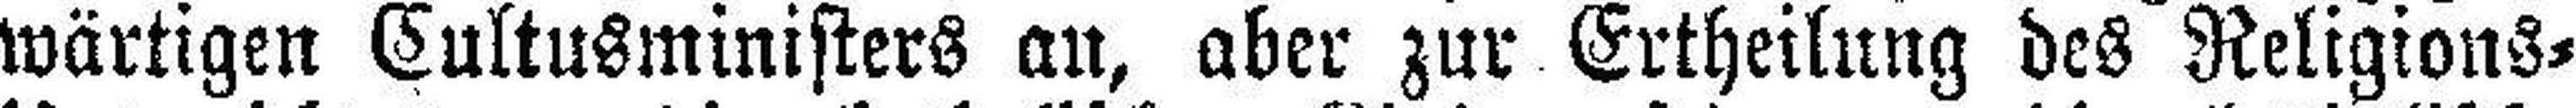
wärtigen Cultusministers an, aber zur Ertheilung des Religions=